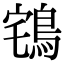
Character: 𪀥